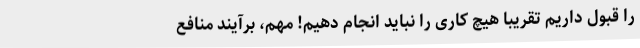
را قبول داریم تقریبا هیچ کاری را نباید انجام دهیم! مهم، برآیند منافع